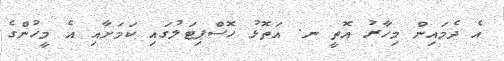
އެ ދެމައިން މިހާރު އޮތީ ނ. އަތޮޅު ހޮސްޕިޓަލުގައި ކަމަށާއި އެ މީހުންގެ